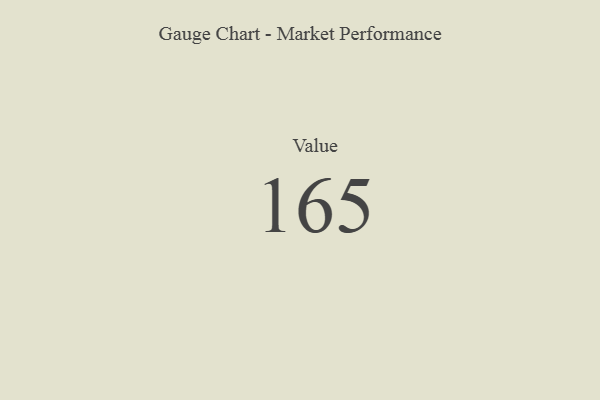
{"axis": {"x": "Metric", "y": "Value"}, "legend": [""], "data": [{"x": "Value", "y": 165, "type": ""}]}